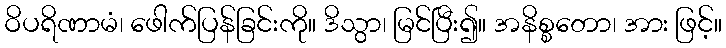
ဝိပရိဏာမံ၊ ဖေါက်ပြန်ခြင်းကို။ ဒိသွာ၊ မြင်ပြီး၍။ အနိစ္စတော၊ အား ဖြင့်။